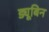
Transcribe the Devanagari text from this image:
ड्यूबिन